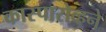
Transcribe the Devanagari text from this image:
कास्पारोव्हने